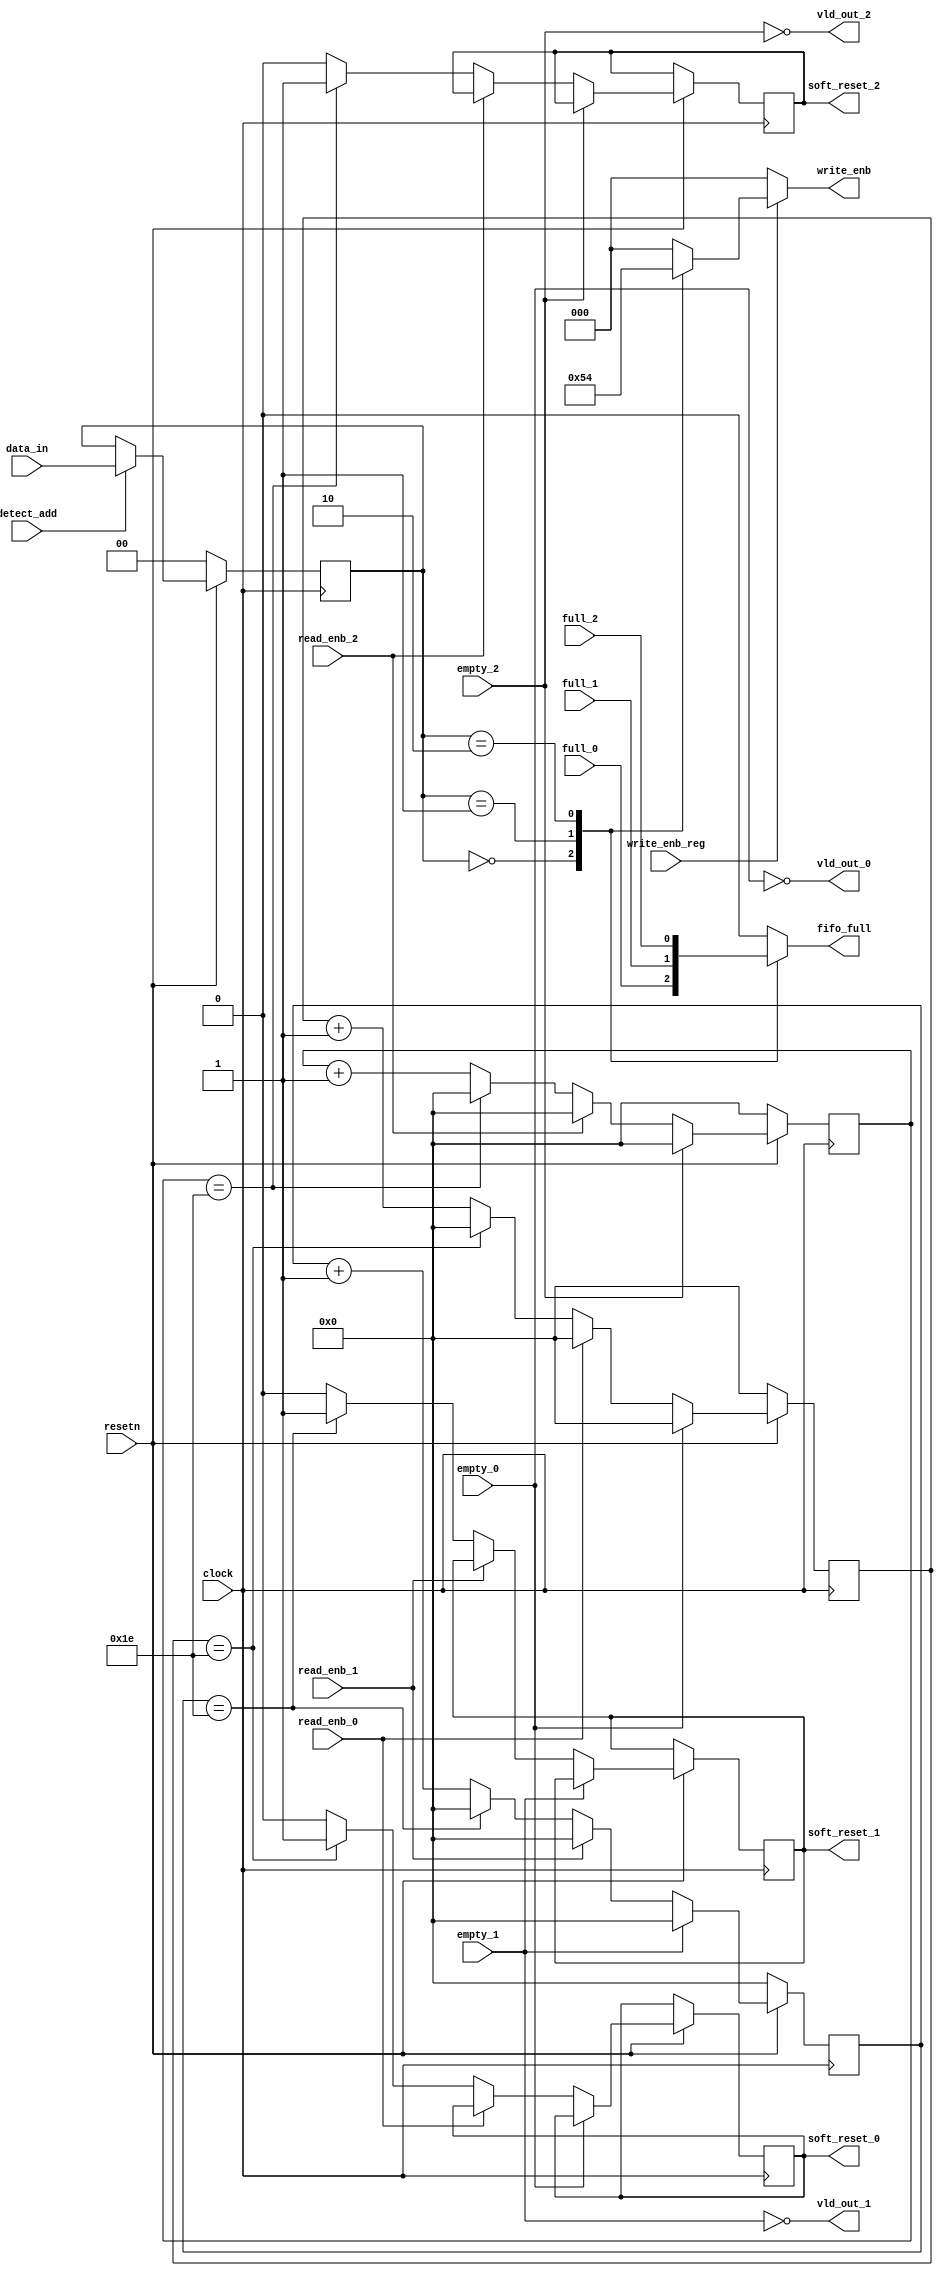
module router_sync(detect_add,write_enb_reg,read_enb_0,read_enb_1,read_enb_2,empty_0,empty_1,empty_2,full_0,full_1,full_2,clock,resetn,data_in,soft_reset_0,soft_reset_1,soft_reset_2, fifo_full,vld_out_0,vld_out_1,vld_out_2,write_enb);

 input detect_add, write_enb_reg, read_enb_0, read_enb_1, read_enb_2, empty_0, empty_1, empty_2, full_0, full_1, full_2, clock, resetn; 
 input [1:0]data_in;
 
 output reg soft_reset_0, soft_reset_1, soft_reset_2, fifo_full;
  output wire  vld_out_0, vld_out_1, vld_out_2;
  output reg [2:0]write_enb;
 
  
 reg [1:0]temp;
  reg [4:0]count0,count1,count2;




always@(posedge clock) begin
   if(!resetn)
      temp <= 2'd0;
   else if(detect_add)
      temp <= data_in;
end

always@(*) begin
  case(temp)
    2'b00: fifo_full = full_0;
    2'b01: fifo_full = full_1;
    2'b10: fifo_full = full_2;
    default : fifo_full = 0;
   endcase
end

assign vld_out_0 = ~empty_0;
assign vld_out_1 = ~empty_1;
assign vld_out_2 = ~empty_2;

always@(*)begin
   if(write_enb_reg) 
      case(temp)
         2'b00:write_enb = 3'b001;
         2'b01:write_enb = 3'b010;
         2'b10:write_enb = 3'b100;
         default : write_enb = 3'b000;
     endcase
   else
        write_enb = 3'b000;
end


//  Soft_reset Logic
always@(posedge clock)begin
  if(!resetn)
		count0<=5'b0;
		                else if(vld_out_0)begin
				         if(!read_enb_0) begin
						   if(count0==5'b11110)	
							     begin
								soft_reset_0<=1'b1;
								count0<=1'b0;
							     end
						    else
							    begin
							         count0<=count0+1'b1;
								 soft_reset_0<=1'b0;
							    end
					  end
				else
                                        count0<=5'd0;
			        end
    else
                 count0<=5'd0;
end
	
always@(posedge clock)begin
	if(!resetn)
			   count1<=5'b0;
		  else if(vld_out_1)begin
			 if(!read_enb_1)begin
				if(count1==5'b11110)	
					begin
						soft_reset_1<=1'b1;
						count1<=1'b0;
					end
				else 
                                        begin
						count1<=count1+1'b1;
						soft_reset_1<=1'b0;
					end
				end
			 else 
                                   count1<=5'd0;
		end
		     else count1<=5'd0;
	end
	
always@(posedge clock)
	begin
		if(!resetn)
			count2<=5'b0;
		else if(vld_out_2)
			begin
				if(!read_enb_2)
					begin
						if(count2==5'b11110)	
							begin
								soft_reset_2<=1'b1;
								count2<=1'b0;
							end
						else
							begin
								count2<=count2+1'b1;
								soft_reset_2<=1'b0;
							end
					end
				else count2<=5'd0;
			end
		else count2<=5'd0;
	end
	
	
endmodule